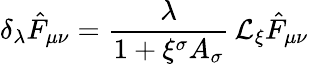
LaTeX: \delta_{\lambda}\hat{F}_{\mu\nu}=\frac{\lambda}{1+\xi^{\sigma}A_{\sigma}}\, {\cal L}_{\xi}\hat{F}_{\mu\nu}